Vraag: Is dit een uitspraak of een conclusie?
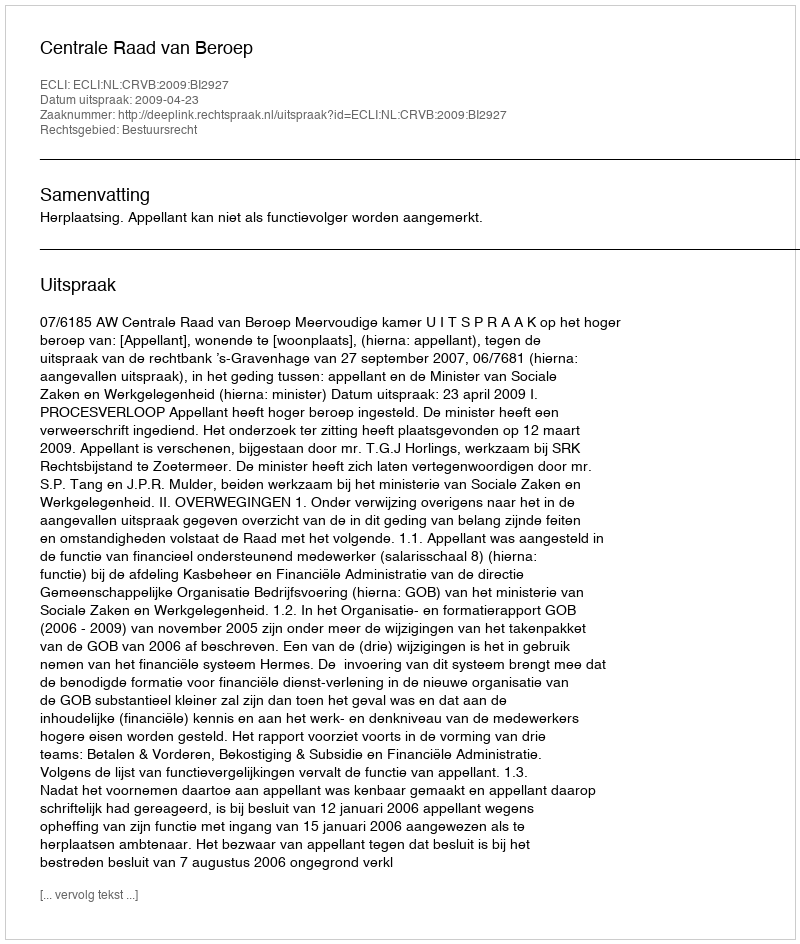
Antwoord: Uitspraak